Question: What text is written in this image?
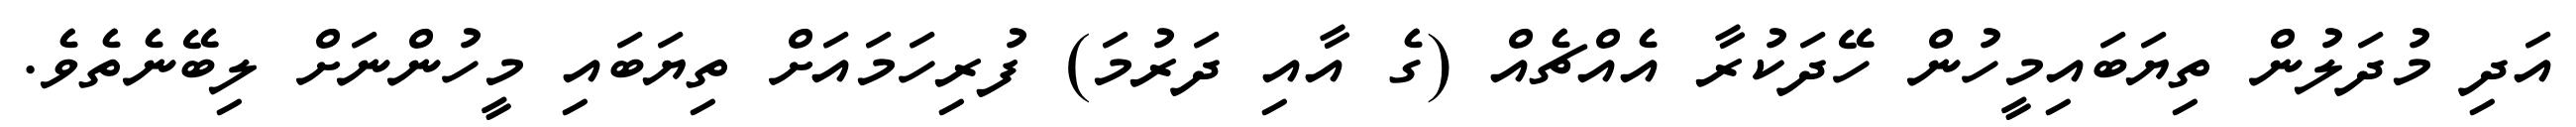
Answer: އަދި މުދަލުން ތިޔަބައިމީހުން ހޭދަކުރާ އެއްޗެއް (ގެ އާއި ދަރުމަ) ފުރިހަމައަށް ތިޔަބައި މީހުންނަށް ލިބޭނެތެވެ.